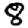
Digit: 8